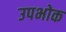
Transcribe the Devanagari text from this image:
उपभोक